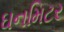
ઘનમિટર